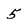
Character: 5